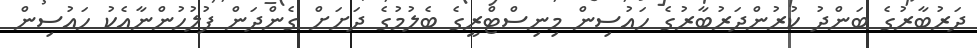
ދަރުބާރުގެ ބަންދު ކުރުންދަރުބާރުގެ ހައުސިން މިނިސްޓްރީގެ ބެލުމުގެ ދަށަށް ގެންދަން ފުލުހުންނާއެކު ހައުސިން